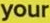
your